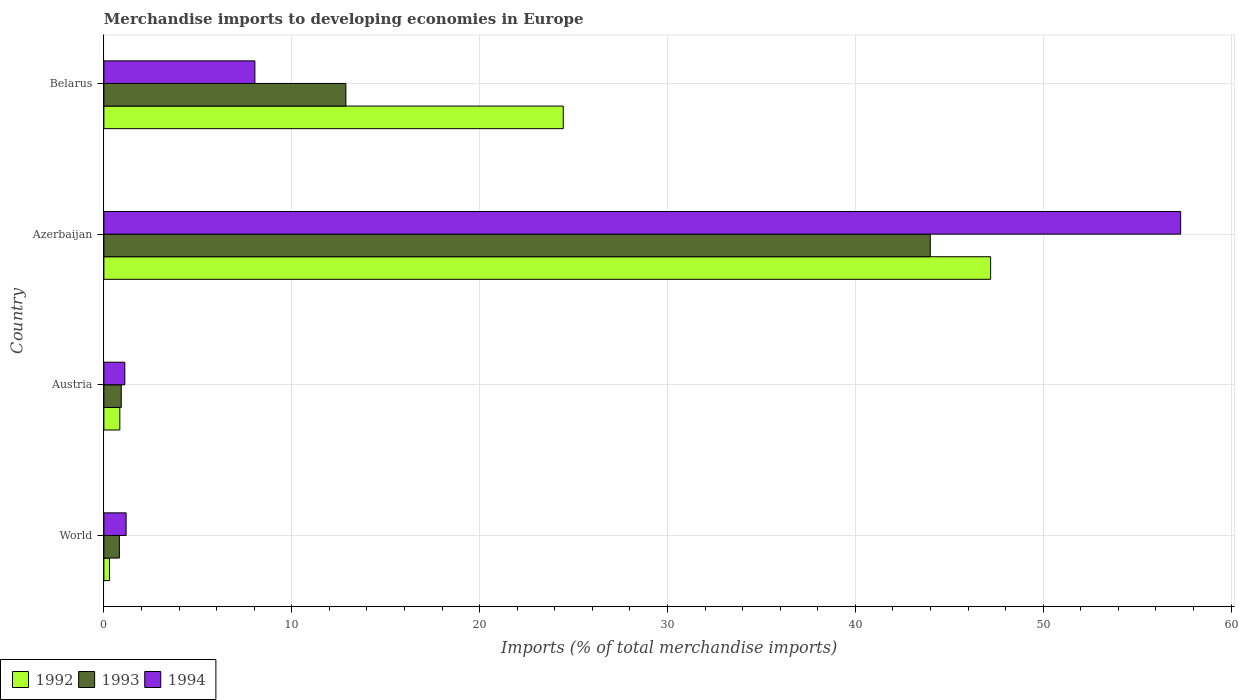
| Country | 1992 | 1993 | 1994 |
 | --- | --- | --- | --- |
 | World | 0.299 | 0.824 | 1.18 |
 | Austria | 0.848 | 0.925 | 1.11 |
 | Azerbaijan | 47.2 | 44 | 57.3 |
 | Belarus | 24.5 | 12.9 | 8.04 |